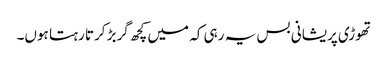
تھوڑی پریشانی بس یہ رہی کہ میں کچھ گربڑ کرتا رہتا ہوں۔